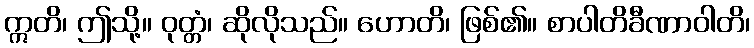
ဣတိ၊ ဤသို့။ ဝုတ္တံ၊ ဆိုလိုသည်။ ဟောတိ၊ ဖြစ်၏။ စာပါတိခီဏာဝါတိ၊